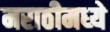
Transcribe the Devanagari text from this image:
मराठीमध्‍ये